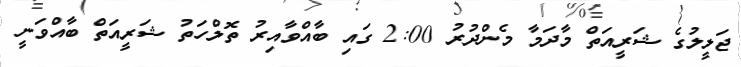
ޖަލީލުގެ ޝަރީއަތް މާދަމާ މެންދުރު 2:00 ގައި ބާއްވާއިރު ތޮލްހަތު ޝަރީއަތް ބާއްވަނީ